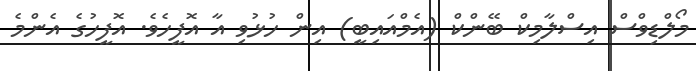
މޯލްޑިވްސް އިސްލާމިކް ބޭންކް (އެމްއައިބީ) އިން ހުޅުވި އާ އޮފީހެވެ. އޮފީހުގެ އެންމެ